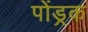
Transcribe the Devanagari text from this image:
पोंड्रक